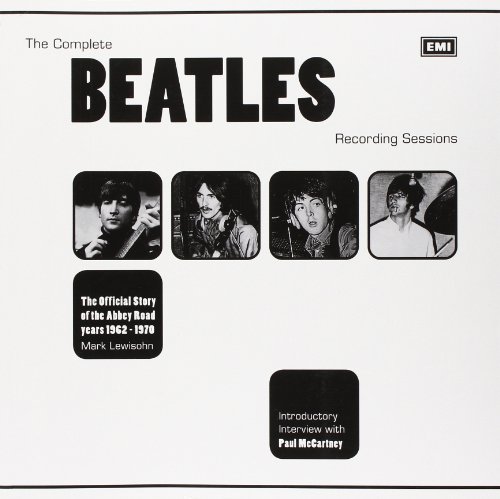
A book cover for The Complete Beatles Recording Sessions: The Official Story of the Abbey Road Years 1962-1970; Mark Lewisohn; Humor & Entertainment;